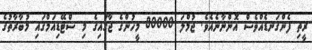
ރީތި ފެންގަނޑެއްވެސް އޮންނާނެއެވެ. ޖުމްލަ 80000 މީހުންގެ ޖާގައިގެ މި ސްޓޭޑިއަމްގައި މުބާރާތުގެ